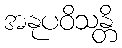
အနုပဝိသန္တိ